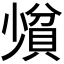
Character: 𪨄